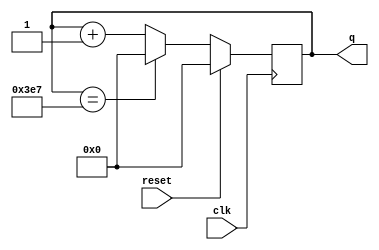
module top_module (input clk,reset,output [9:0] q);
    wire [9:0]state;
    always@(posedge clk)begin
        if(reset)state<=10'd0;
        else if(state==10'd999) state<=10'd0;
        else state<=state+1;
    end
assign q = state;
endmodule